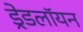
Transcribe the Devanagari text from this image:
ड्रेडलॉयन